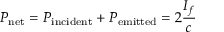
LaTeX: P _ { \mathrm { n e t } } = P _ { \mathrm { i n c i d e n t } } + P _ { \mathrm { e m i t t e d } } = 2 { \frac { I _ { f } } { c } }